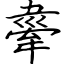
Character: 舝